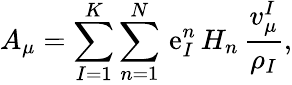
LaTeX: A_{\mu}=\sum_{I=1}^{K}\sum_{n=1}^{N}\, \mathrm{e}_{I}^{n}\, H_{n}\, {\frac{{v_{\mu}^{I}}}{{\rho_{I}}}},